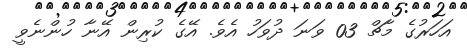
އަހަރުގެ މާޗް 03 ވަނަ ދުވަހު އެވެ. އޭގެ ކުރިން އޭނާ ހުންނެވީ